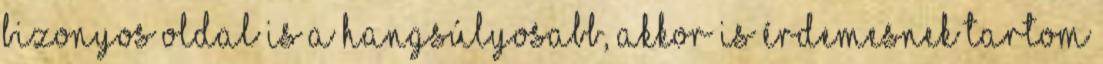
bizonyos oldal is a hangsúlyosabb, akkor is érdemesnek tartom